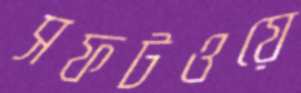
সফটওয়ে